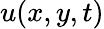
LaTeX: u(x,y,t)